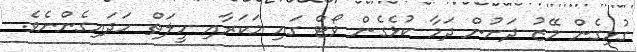
ގުޅިގެން މޭޒު ދަށުން ދަމާ ކުޅެގެން ވޯޓް ގައި މަކަރާއި ހީލަތް ހަދައިގެންނެވެ.